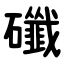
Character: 䃸